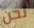
نحن